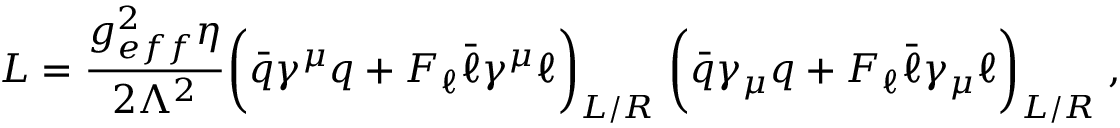
{ \cal L } = \frac { g _ { e f f } ^ { 2 } \eta } { 2 \Lambda ^ { 2 } } \biggr ( \bar { q } \gamma ^ { \mu } q + { \cal F } _ { \ell } \bar { \ell } \gamma ^ { \mu } \ell \biggr ) _ { L / R } \; \biggr ( \bar { q } \gamma _ { \mu } q + { \cal F } _ { \ell } \bar { \ell } \gamma _ { \mu } \ell \biggr ) _ { L / R } \; ,